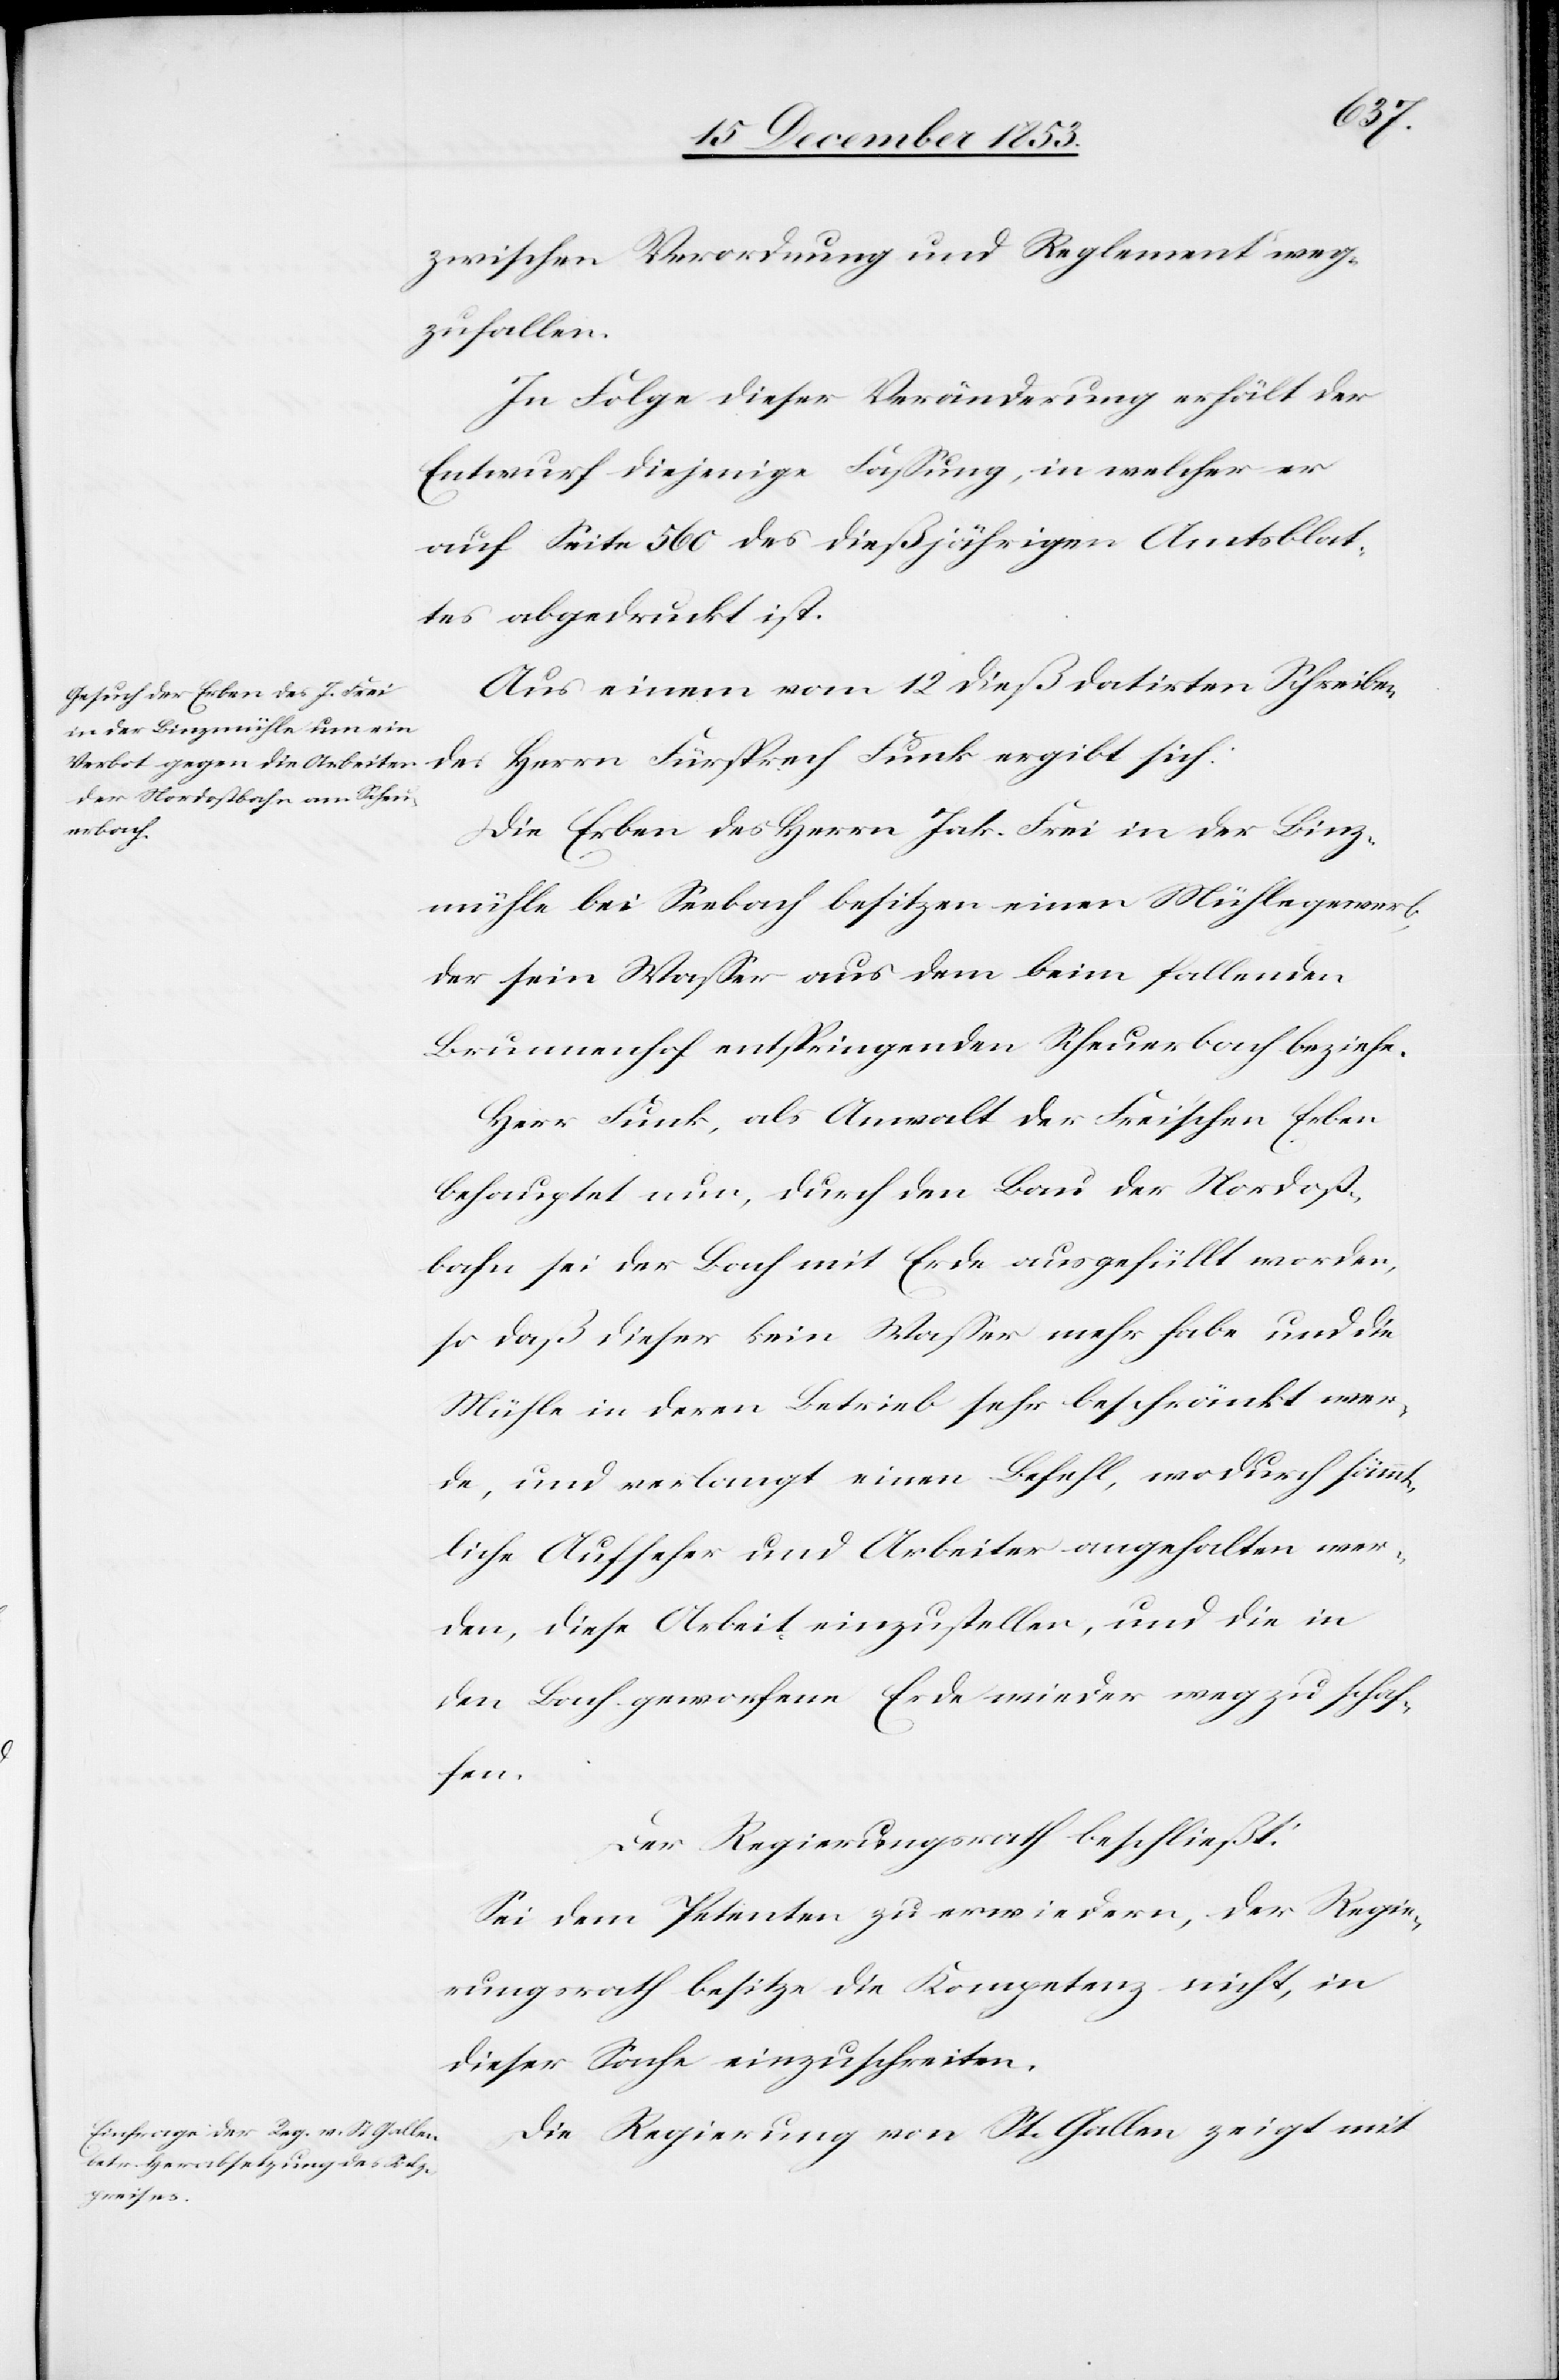
zwischen Verordnung und Reglement weg¬
zufallen.
In Folge dieser Veränderung erhält der
Entwurf diejenige Faßung, in welcher er
auf Seite 560 des dießjährigen Amtsblat¬
tes abgedruckt ist.
Aus einem vom 12 dieß datirten Schreiben
Die Erben des Herrn Jak. Frei in der Binz¬
mühle bei Seebach besitzen einen Mühlegewerb
der sein Waßer aus dem beim fallenden
Brunnenhof entspringenden Scheuerbach beziehe.
Herr Funk, als Anwalt der Frei’schen Erben
behauptet nun, durch den Bau der Nordost¬
bahn sei der Bach mit Erde ausgefüllt worden,
so daß dieser kein Waßer mehr habe und die
Mühle in deren Betrieb sehr beschränkt wer¬
de, und verlangt einen Befehl, wodurch sämmt¬
liche Aufseher und Arbeiter angehalten wer¬
den, diese Arbeit einzustellen, und die in
den Bach geworfene Erde wieder weg zu schaf¬
fen.
Der Regierungsrath beschließt:
Sei dem Petenten zu erwiedern, der Regie¬
rungsrath besitze die Kompetenz nicht, in
dieser Sache einzuschreiten.
Die Regierung von St. Gallen zeigt mit